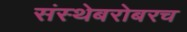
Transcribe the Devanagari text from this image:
संस्थेबरोबरच